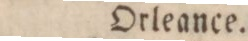
Orleance.